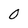
Character: 0